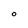
Character: O